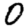
Digit: 0